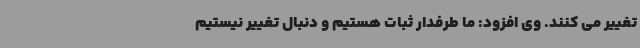
تغییر می کنند. وی افزود: ما طرفدار ثبات هستیم و دنبال تغییر نیستیم